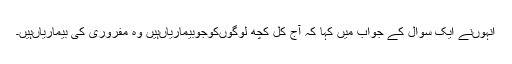
انہوںنے ایک سوال کے جواب میں کہا کہ آج کل کچھ لوگوںکوجوبیماریاںہیں وہ مفروری کی بیماریاںہیں۔